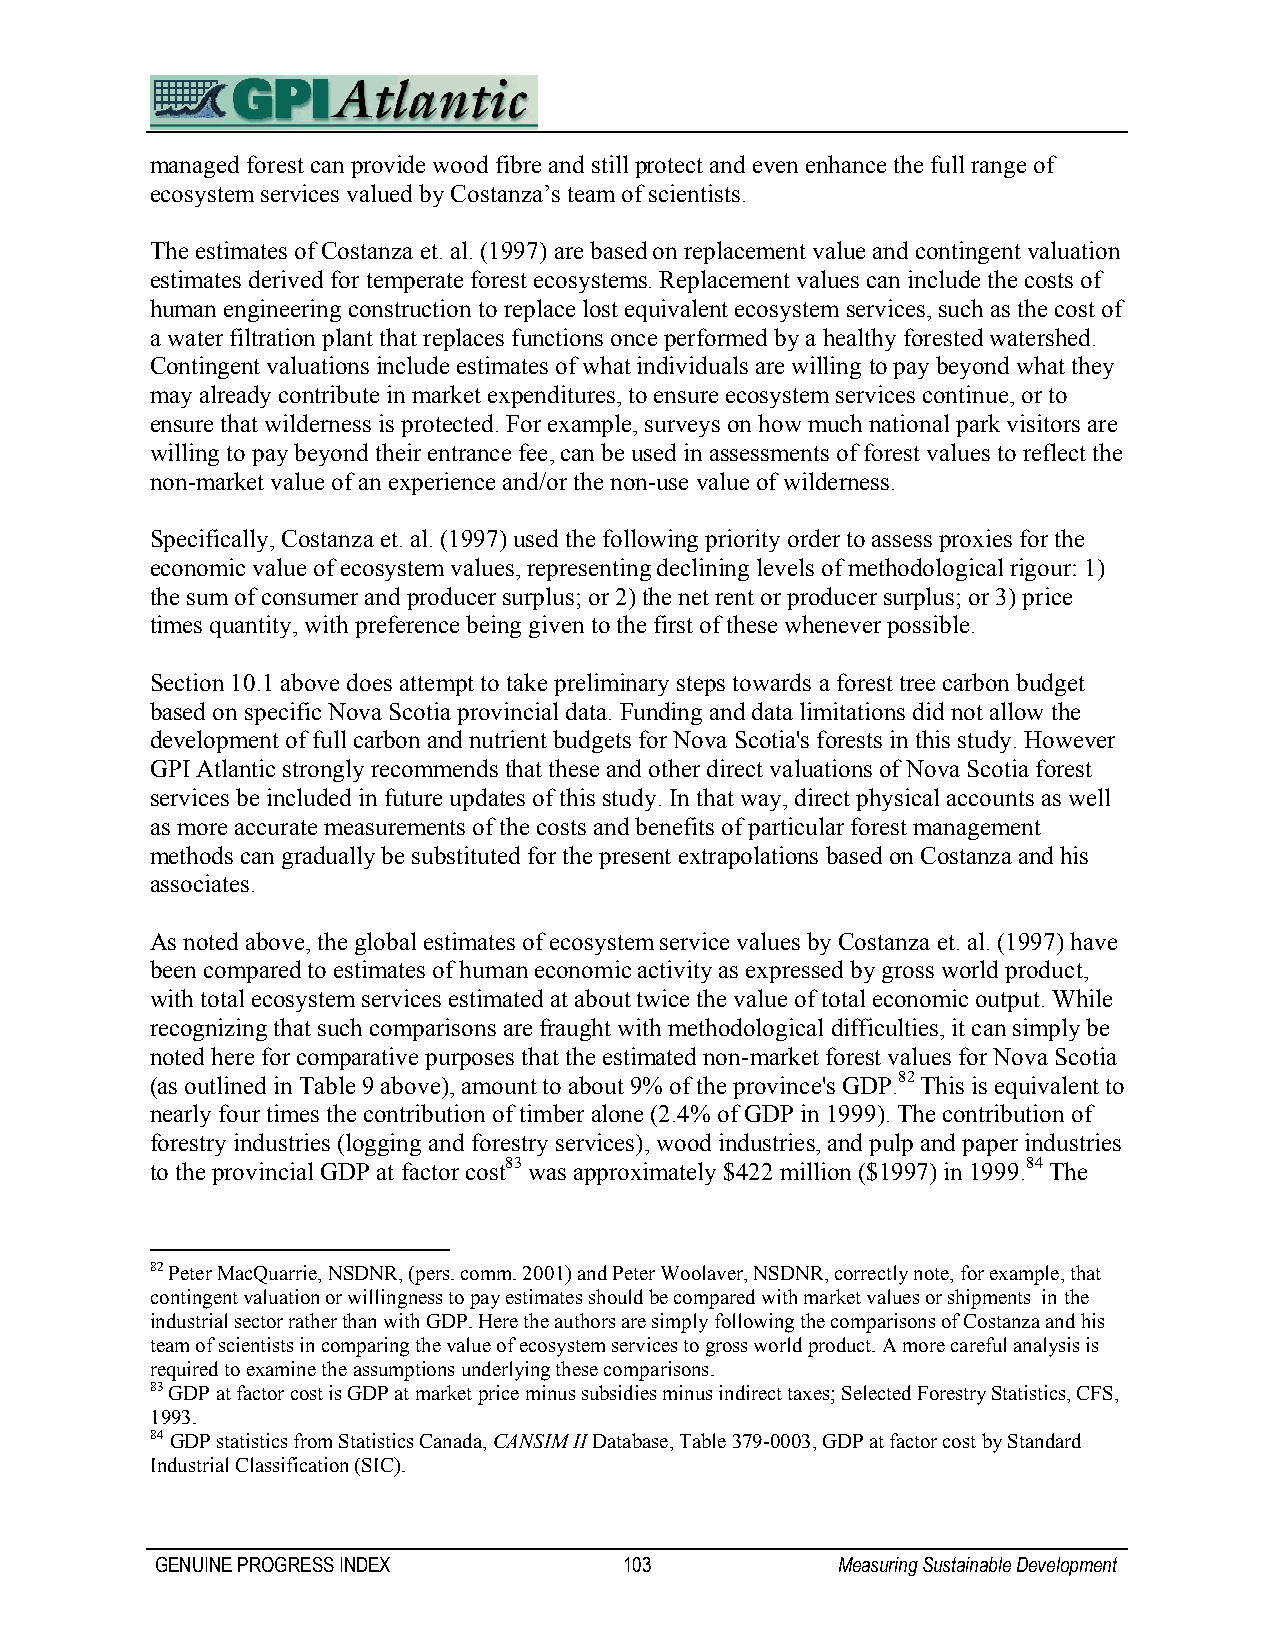
managed forest can provide wood fibre and still protect and even enhance the full range of
 ecosystem services valued by Costanza’s team of scientists.
 The estimates of Costanza et. al. (1997) are based on replacement value and contingent valuation
 estimates derived for temperate forest ecosystems. Replacement values can include the costs of
 human engineering construction to replace lost equivalent ecosystem services, such as the cost of
 a water filtration plant that replaces functions once performed by a healthy forested watershed.
 Contingent valuations include estimates of what individuals are willing to pay beyond what they
 may already contribute in market expenditures, to ensure ecosystem services continue, or to
 ensure that wilderness is protected. For example, surveys on how much national park visitors are
 willing to pay beyond their entrance fee, can be used in assessments of forest values to reflect the
 non-market value of an experience and/or the non-use value of wilderness.
 Specifically, Costanza et. al. (1997) used the following priority order to assess proxies for the
 economic value of ecosystem values, representing declining levels of methodological rigour: 1)
 the sum of consumer and producer surplus; or 2) the net rent or producer surplus; or 3) price
 times quantity, with preference being given to the first of these whenever possible.
 Section 10.1 above does attempt to take preliminary steps towards a forest tree carbon budget
 based on specific Nova Scotia provincial data. Funding and data limitations did not allow the
 development of full carbon and nutrient budgets for Nova Scotia's forests in this study. However
 GPI Atlantic strongly recommends that these and other direct valuations of Nova Scotia forest
 services be included in future updates of this study. In that way, direct physical accounts as well
 as more accurate measurements of the costs and benefits of particular forest management
 methods can gradually be substituted for the present extrapolations based on Costanza and his
 associates.
 As noted above, the global estimates of ecosystem service values by Costanza et. al. (1997) have
 been compared to estimates of human economic activity as expressed by gross world product,
 with total ecosystem services estimated at about twice the value of total economic output. While
 recognizing that such comparisons are fraught with methodological difficulties, it can simply be
 noted here for comparative purposes that the estimated non-market forest values for Nova Scotia
 (as outlined in Table 9 above), amount to about 9% of the province's GDP.82 This is equivalent to
 nearly four times the contribution of timber alone (2.4% of GDP in 1999). The contribution of
 forestry industries (logging and forestry services), wood industries, and pulp and paper industries
 to the provincial GDP at factor cost83 was approximately $422 million ($1997) in 1999.84 The
 82 Peter MacQuarrie, NSDNR, (pers. comm. 2001) and Peter Woolaver, NSDNR, correctly note, for example, that
 contingent valuation or willingness to pay estimates should be compared with market values or shipments in the
 industrial sector rather than with GDP. Here the authors are simply following the comparisons of Costanza and his
 team of scientists in comparing the value of ecosystem services to gross world product. A more careful analysis is
 required to examine the assumptions underlying these comparisons.
 83 GDP at factor cost is GDP at market price minus subsidies minus indirect taxes; Selected Forestry Statistics, CFS,
 1993.
 84 GDP statistics from Statistics Canada, CANSIM II Database, Table 379-0003, GDP at factor cost by Standard
 Industrial Classification (SIC).
 GENUINE PROGRESS INDEX         103           Measuring Sustainable Development